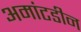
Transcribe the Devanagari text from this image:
अमांटडीन